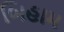
બિહામ